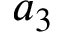
a _ { 3 }